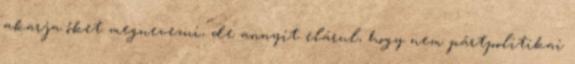
akarja őket megnevezni, de annyit elárul, hogy nem pártpolitikai